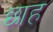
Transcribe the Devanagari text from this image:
छाह